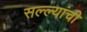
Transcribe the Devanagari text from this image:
सल्ल्यांची